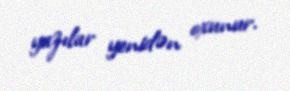
yazılar yenidən oxunur.